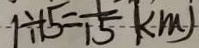
1 \div 1 5 = \frac { 1 } { 1 5 } k m )